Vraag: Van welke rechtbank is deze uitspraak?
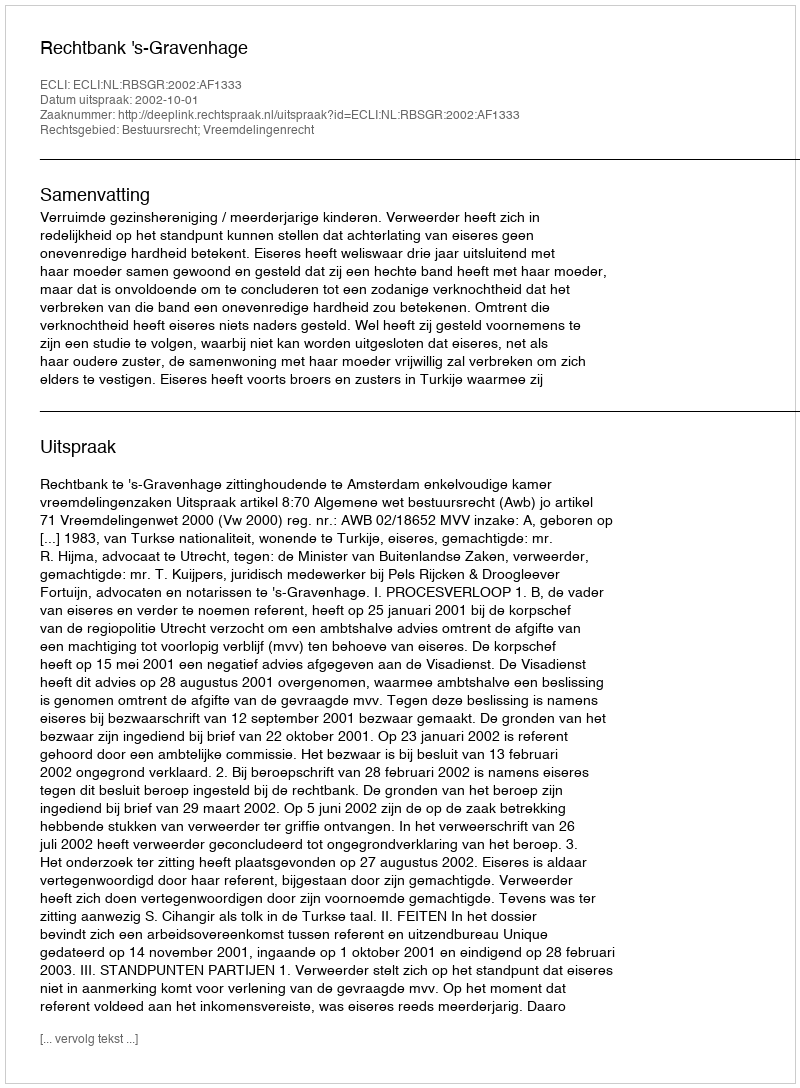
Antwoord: Rechtbank 's-Gravenhage